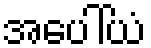
အပေါ်ယံ